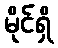
မိုင်ရှိ